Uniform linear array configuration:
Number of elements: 4
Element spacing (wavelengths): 0.75
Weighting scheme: exponential
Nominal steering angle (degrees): -45
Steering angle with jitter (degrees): -44.897
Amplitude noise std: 0.05
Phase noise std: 0.05

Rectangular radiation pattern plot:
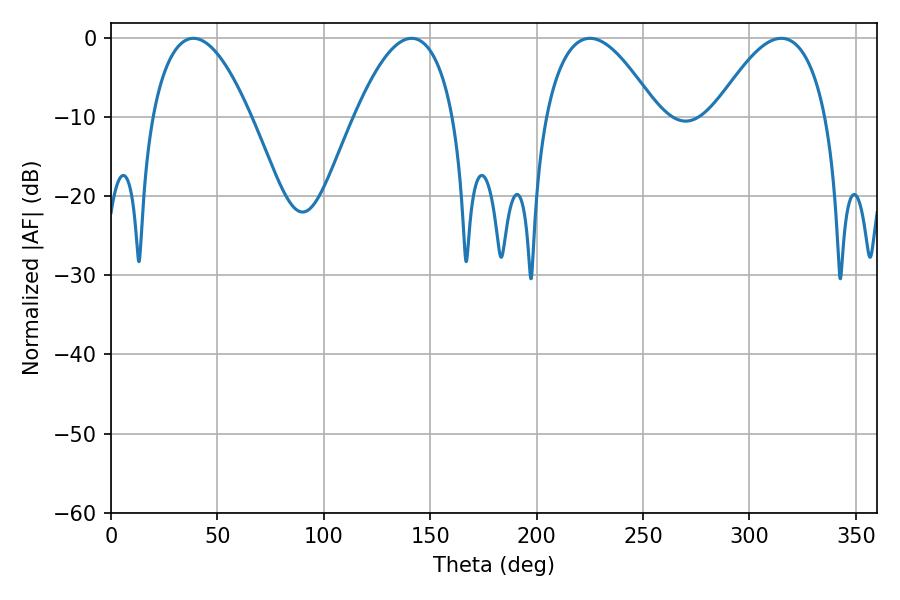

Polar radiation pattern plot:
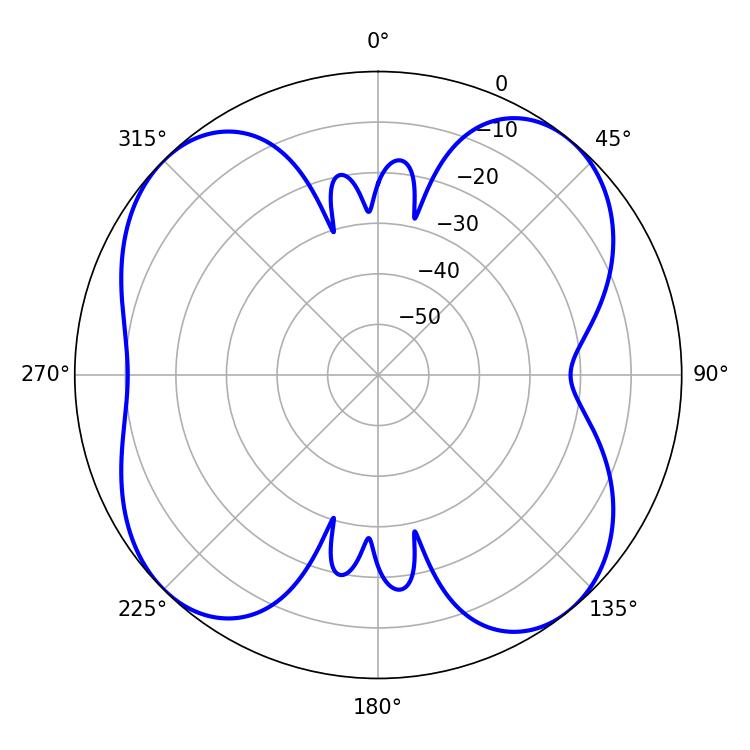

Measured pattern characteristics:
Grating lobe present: TRUE
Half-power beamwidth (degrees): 25.56
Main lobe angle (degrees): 38.7